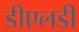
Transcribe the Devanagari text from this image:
डीएलडी